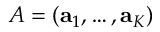
A = ( \mathbf { a } _ { 1 } , \dots , \mathbf { a } _ { K } )